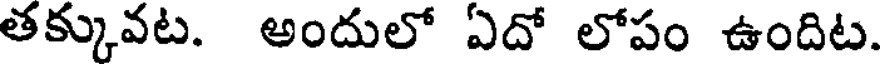
తక్కువట. అందులో ఏదో లోపం ఉందిట.